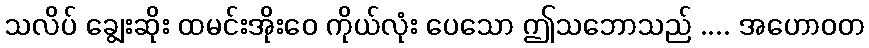
သလိပ် ချွေးဆိုး ထမင်းအိုးဝေ ကိုယ်လုံး ပေသော ဤသဘောသည် .... အဟောဝတ